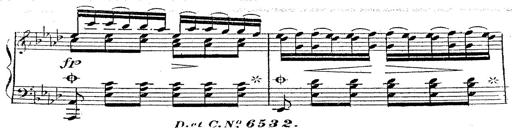
Title: 12 Lieder von Franz Schubert
Composer: Franz Liszt